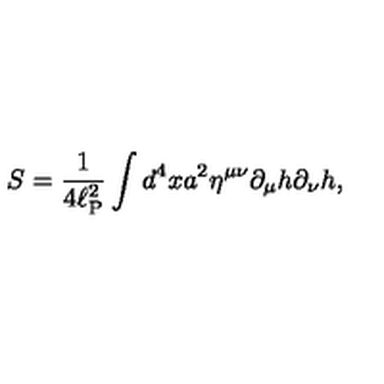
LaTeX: S = \frac { 1 } { 4 \ell _ { \mathrm { P } } ^ { 2 } } \int d ^ { 4 } x a ^ { 2 } \eta ^ { \mu \nu } \partial _ { \mu } h \partial _ { \nu } h ,